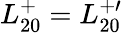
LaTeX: L_{20}^{+}=L_{20}^{+\prime}